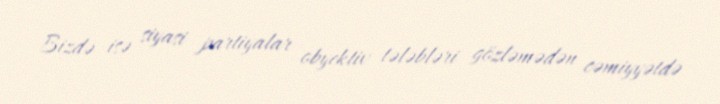
Bizdə isə siyasi partiyalar obyektiv tələbləri gözləmədən cəmiyyətdə